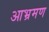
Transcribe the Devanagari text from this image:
आभ्रमण